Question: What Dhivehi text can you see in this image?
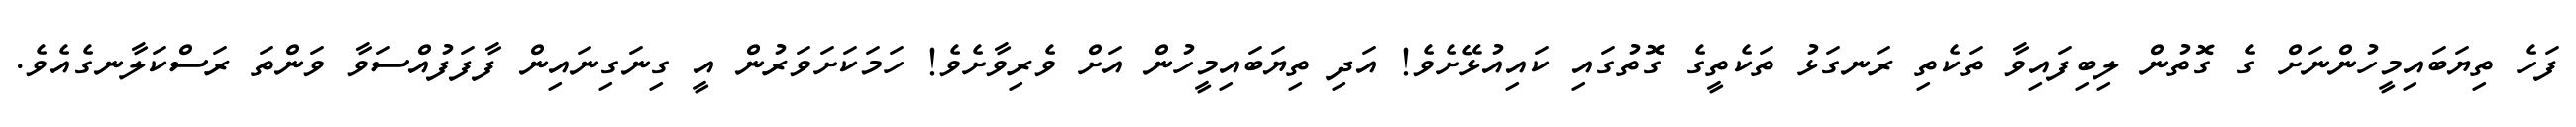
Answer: ފަހެ ތިޔަބައިމީހުންނަށް ގެ ގޮތުން ލިބިފައިވާ ތަކެތި ރަނގަޅު ތަކެތީގެ ގޮތުގައި ކައިއުޅޭށެވެ! އަދި ތިޔަބައިމީހުން އަށް ވެރިވާށެވެ! ހަމަކަށަވަރުން އީ ގިނަގިނައިން ފާފަފުއްސަވާ ވަންތަ ރަސްކަލާނގެއެވެ.